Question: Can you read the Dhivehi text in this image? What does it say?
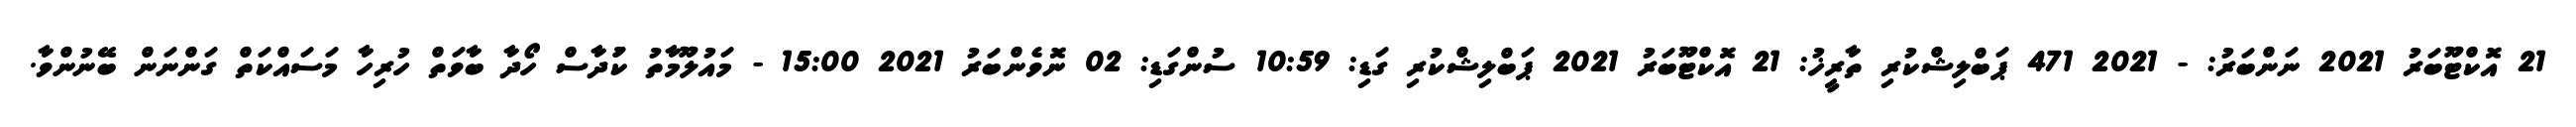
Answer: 21 އޮކްޓޫބަރު 2021 ނަންބަރު: - 2021 471 ޕަބްލިޝްކުރި ތާރީޚު: 21 އޮކްޓޫބަރު 2021 ޕަބްލިޝްކުރި ގަޑި: 10:59 ސުންގަޑި: 02 ނޮވެންބަރު 2021 15:00 - މައުލޫމާތު ކަުދާސް ހޯދާ ބާވަތް ހުރިހާ މަސައްކަތް ގަންނަން ބޭނުންވާ.